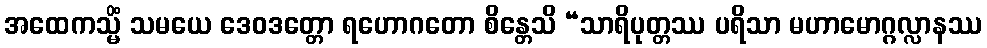
အထေကသ္မိံ သမယေ ဒေဝဒတ္တော ရဟောဂတော စိန္တေသိ “သာရိပုတ္တဿ ပရိသာ မဟာမောဂ္ဂလ္လာနဿ